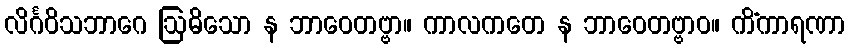
လိင်္ဂဝိသဘာဂေ ဩဓိသော န ဘာဝေတဗ္ဗာ။ ကာလကတေ န ဘာဝေတဗ္ဗာဝ။ ကိံကာရဏာ